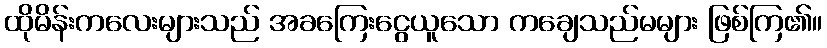
ထိုမိန်းကလေးများသည် အခကြေးငွေယူသော ကချေသည်မများ ဖြစ်ကြ၏။